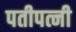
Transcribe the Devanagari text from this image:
पतीपत्नी